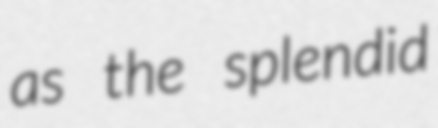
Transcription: as the splendid